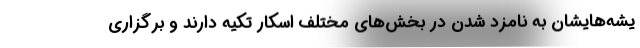
یشه‌هایشان به نامزد شدن در بخش‌های مختلف اسکار تکیه دارند و برگزاری